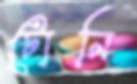
টোনি